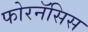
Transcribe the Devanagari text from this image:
फोरनॅसिस